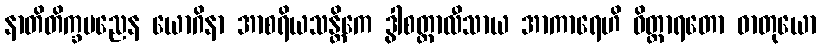
နာတိတိက္ခပညေန ယောဂိနာ အာစရိယသန္တိကေ ဒွါစတ္တာလီသာယ အာကာရေဟိ ဝိတ္ထာရတော ဓာတုယော